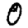
Digit: 0